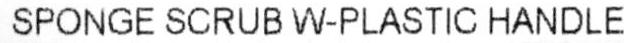
SPONGE SCRUB W-PLASTIC HANDLE